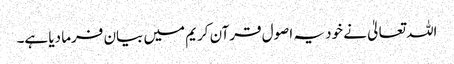
اللہ تعالیٰ نے خود یہ اصول قرآن کریم میں بیان فرما دیا ہے۔